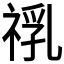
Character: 𱵙